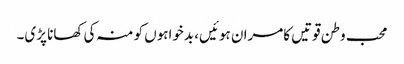
محب وطن قوتیں کامران ہوئیں، بدخواہوں کو منہ کی کھانا پڑی۔